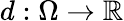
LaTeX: d:\Omega\rightarrow\mathbb{R}